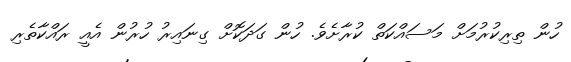
ހުން ތިރިކުރުމަށް މަސައްކަތް ކުރާށެވެ. ހުން ގަދަކޮށް ގިނައިރު ހުރުން އެއީ ރައްކާތެރި